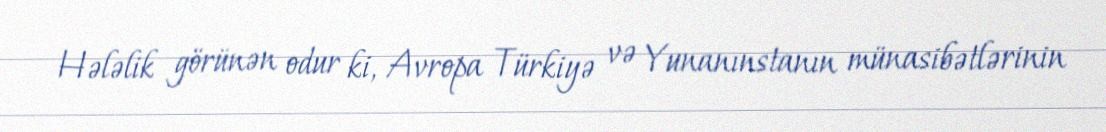
Hələlik görünən odur ki, Avropa Türkiyə və Yunanınstanın münasibətlərinin